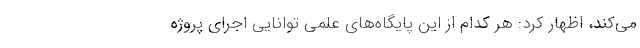
می‌کند، اظهار کرد: هر کدام از این پایگاه‌های علمی توانایی اجرای پروژه